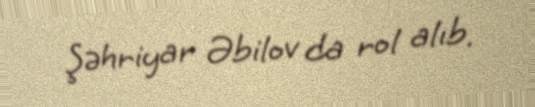
Şəhriyar Əbilov da rol alıb.